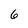
Character: 6